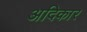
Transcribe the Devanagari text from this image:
अदिकार